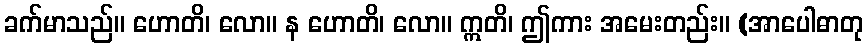
ခက်မာသည်။ ဟောတိ၊ လော။ န ဟောတိ၊ လော။ ဣတိ၊ ဤကား အမေးတည်း။ (အာပေါဓာတု